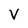
Character: v